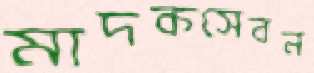
মাদকসেবন